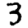
Digit: 3